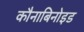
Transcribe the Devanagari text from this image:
कौनाबिनोइड